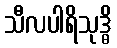
သီလပါရိသုဒ္ဓိ